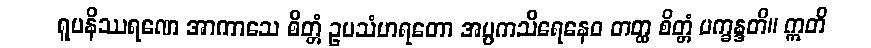
ရူပနိဿရဏေ အာကာသေ စိတ္တံ ဥပသံဟရတော အပ္ပကသိရေနေဝ တတ္ထ စိတ္တံ ပက္ခန္ဒတိ။ ဣတိ